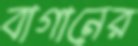
বাগানের